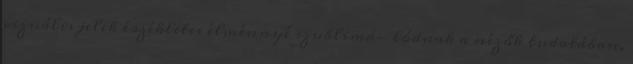
vizuális jelek érzékletes élménnyé szublimá- lódnak a nézők tudatában,